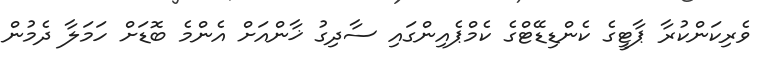
ވެރިކަންކުރާ ޕާޓީގެ ކެންޑިޑޭޓްގެ ކެމްޕެއިންގައި ސާދިގު ޚާންއަށް އެންމެ ބޮޑަށް ހަމަލާ ދެމުން